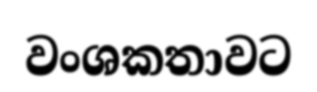
වංශකතාවට